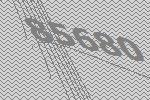
85680